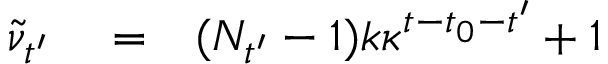
\begin{array} { r l r } { \tilde { \nu } _ { t ^ { \prime } } } & { { } = } & { ( N _ { t ^ { \prime } } - 1 ) k \kappa ^ { t - t _ { 0 } - t ^ { \prime } } + 1 } \end{array}